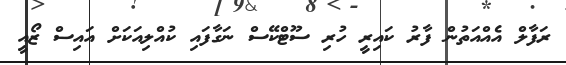
ރަފާލް އެއްއަތުން ފާރު ކައިރީ ހުރި ސޫޓްކޭސް ނަގާފައި ކުއްލިއަކަށް އައިސް ޒޯއީ